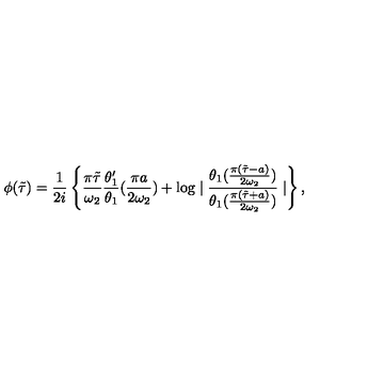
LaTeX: \phi ( \tilde { \tau } ) = \frac { 1 } { 2 i } \left\{ \frac { \pi \tilde { \tau } } { \omega _ { 2 } } \frac { \theta _ { 1 } ^ { \prime } } { \theta _ { 1 } } ( \frac { \pi a } { 2 \omega _ { 2 } } ) + \log \mid \frac { \theta _ { 1 } ( \frac { \pi ( \tilde { \tau } - a ) } { 2 \omega _ { 2 } } ) } { \theta _ { 1 } ( \frac { \pi ( \tilde { \tau } + a ) } { 2 \omega _ { 2 } } ) } \mid \right\} ,